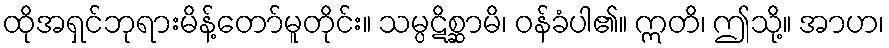
ထိုအရှင်ဘုရားမိန့်တော်မူတိုင်း။ သမ္ပဋိစ္ဆာမိ၊ ဝန်ခံပါ၏။ ဣတိ၊ ဤသို့။ အာဟ၊